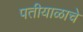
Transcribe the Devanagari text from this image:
पतीयाळाचे